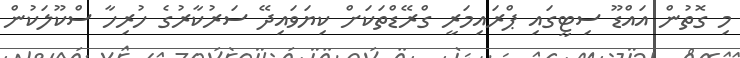
މި ގޮތުން އައްޑޫ ސިޓީގައި ޕްރައިމަރީ ގްރޭޑްތަކަށް ކިޔަވައިދޭ ސަރުކާރުގެ ހުރިހާ ސްކޫލަކުން